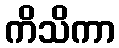
ကိသိကာ